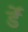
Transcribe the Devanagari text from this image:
र्डें